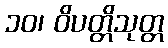
၁၀၊ ဝိပတ္တိသုတ္တ